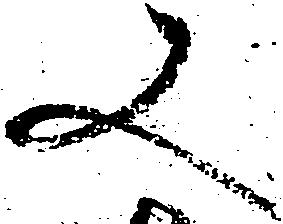
又